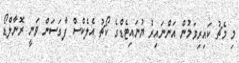
މި މެޗު ކައިރިވަމުން އަންނައިރު ޔުނައިޓެޑްގެ ކޯޗު އެލެކްސް ފާގަސަން ވަނީ ރޮނާލްޑޯ